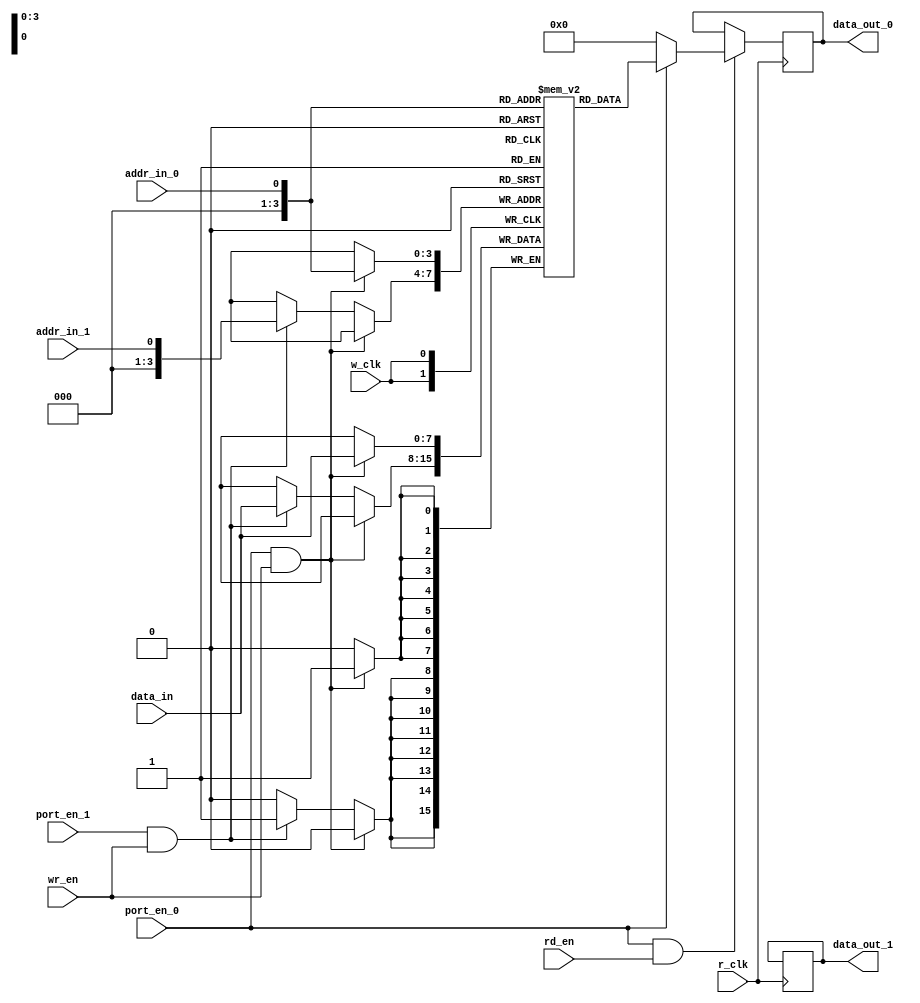
module dp_ram 
     # (parameter data_width=8,
	      parameter addr_width=4,
			parameter depth=16
			)
    (   input w_clk,
	   input r_clk, 
        input wr_en,
        input rd_en,	
        input [data_width-1:0] data_in,
        input addr_in_0,
        input addr_in_1,    
       input port_en_0,    
        input port_en_1 ,   
      output reg [data_width-1:0] data_out_0,
       output reg[data_width-1:0] data_out_1    
    );


reg [data_width-1:0] ram[0:depth-1];
       

always@(posedge w_clk)
begin
	if(port_en_0 == 1 && wr_en == 1)  begin 
        ram[addr_in_0] <= data_in;
end
	else if(port_en_1==1 && wr_en ==1)begin
	ram[addr_in_1] <= data_in;
end
end
always@(posedge r_clk)

begin 
if(port_en_0==1 && rd_en==1)
	data_out_0 = port_en_0 ? ram[addr_in_0]:0;
else 
	if(port_en_0==1 && rd_en==1)
		data_out_1 = port_en_1 ? ram[addr_in_1]:0; 
end


endmodule